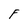
Character: F